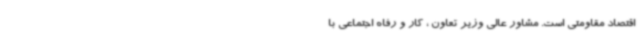
اقتصاد مقاومتی است. مشاور عالی وزیر تعاون ، کار و رفاه اجتماعی با